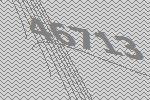
46713